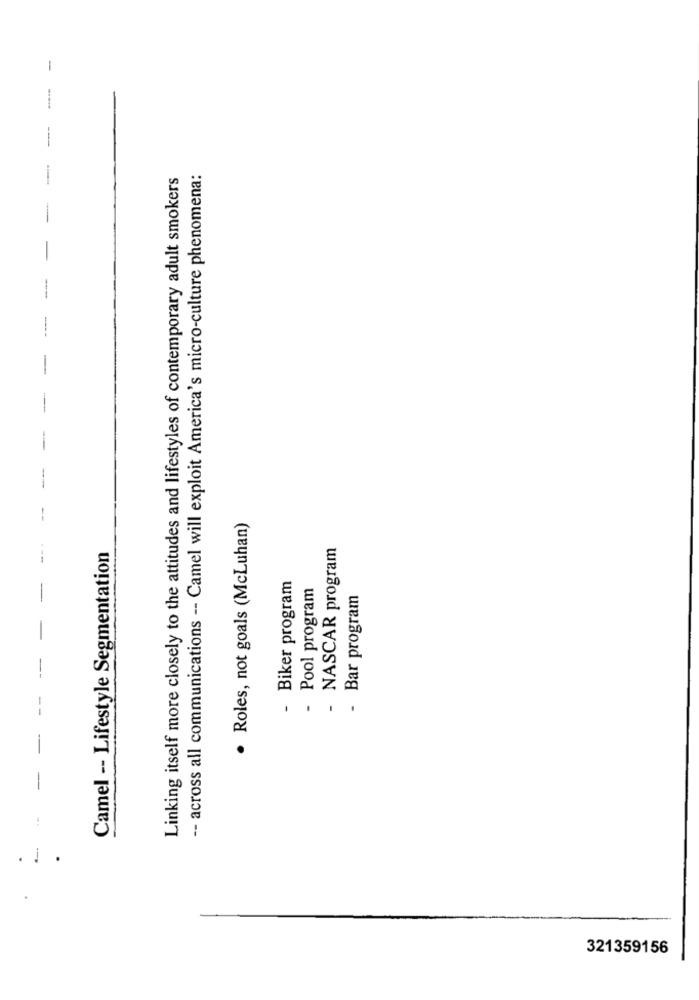
-
-
Linking itself more closely to the attitudes and lifestyles of contemporary adult smokers
-- across all communications -- Camel will exploit America's micro-culture phenomena:
· Roles, not goals (McLuhan)
NASCAR program
Camel -- Lifestyle Segmentation
Biker program
Pool program
Bar program
-
-
-
.
321359156